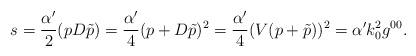
LaTeX: \begin{align*}s=\frac{\alpha'}{2}(pD\tilde{p}) = \frac{\alpha'}{4}(p+D\tilde{p})^2 =\frac{\alpha'}{4}(V(p+\tilde{p}))^2=\alpha' k_0^2 g^{00}.\end{align*}